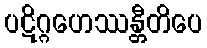
ပဋိဂ္ဂဟေဿန္တီတိပေ